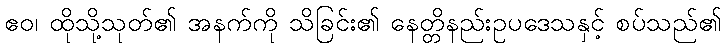
ဧဝ၊ ထိုသို့သုတ်၏ အနက်ကို သိခြင်း၏ နေတ္တိနည်းဥပဒေသနှင့် စပ်သည်၏